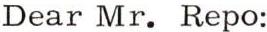
Dear Mr. Repo: